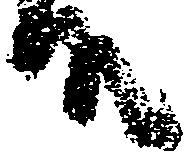
殿